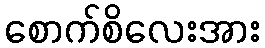
စောက်စိလေးအား